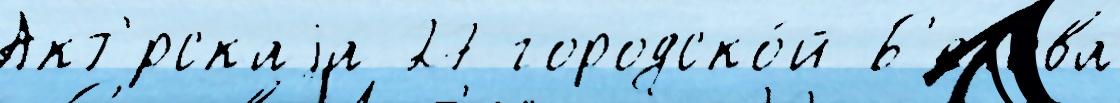
Акт'́рскаjа 27 городско́й Б'елова